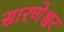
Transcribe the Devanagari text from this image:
सारणेश्वर